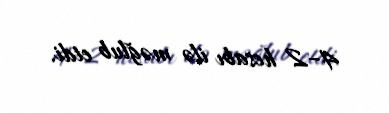
4–2 hesabı ilə məğlub etdi.